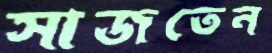
সাজতেন